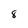
Character: 8